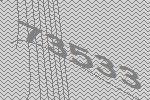
73533